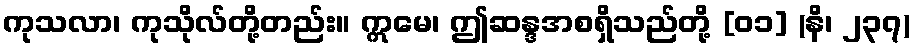
ကုသလာ၊ ကုသိုလ်တို့တည်း။ ဣမေ၊ ဤဆန္ဒအစရှိသည်တို့ [၀၁] (နိ၊ ၂၃၇)